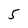
Character: 5